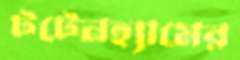
টটেনহ্যামের